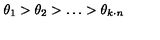
\theta _ { 1 } > \theta _ { 2 } > \ldots > \theta _ { k \cdot n }